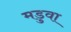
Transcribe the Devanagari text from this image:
मडुवा